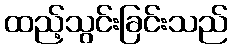
ထည့်သွင်းခြင်းသည်